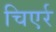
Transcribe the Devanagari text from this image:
चिएर्र